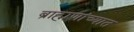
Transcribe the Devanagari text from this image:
ब्राह्मणांच्यात